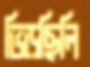
ভিড়ছিলি